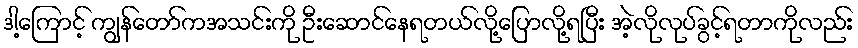
ဒါ့ကြောင့် ကျွန်တော်ကအသင်းကို ဦးဆောင်နေရတယ်လို့ပြောလို့ရပြီး အဲ့လိုလုပ်ခွင့်ရတာကိုလည်း